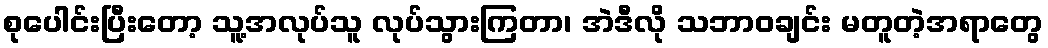
စုပေါင်းပြီးတော့ သူ့အလုပ်သူ လုပ်သွားကြတာ၊ အဲဒီလို သဘာဝချင်း မတူတဲ့အရာတွေ